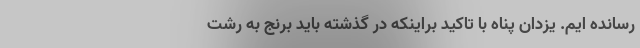
رسانده ایم. یزدان پناه با تاکید براینکه در گذشته باید برنج به رشت